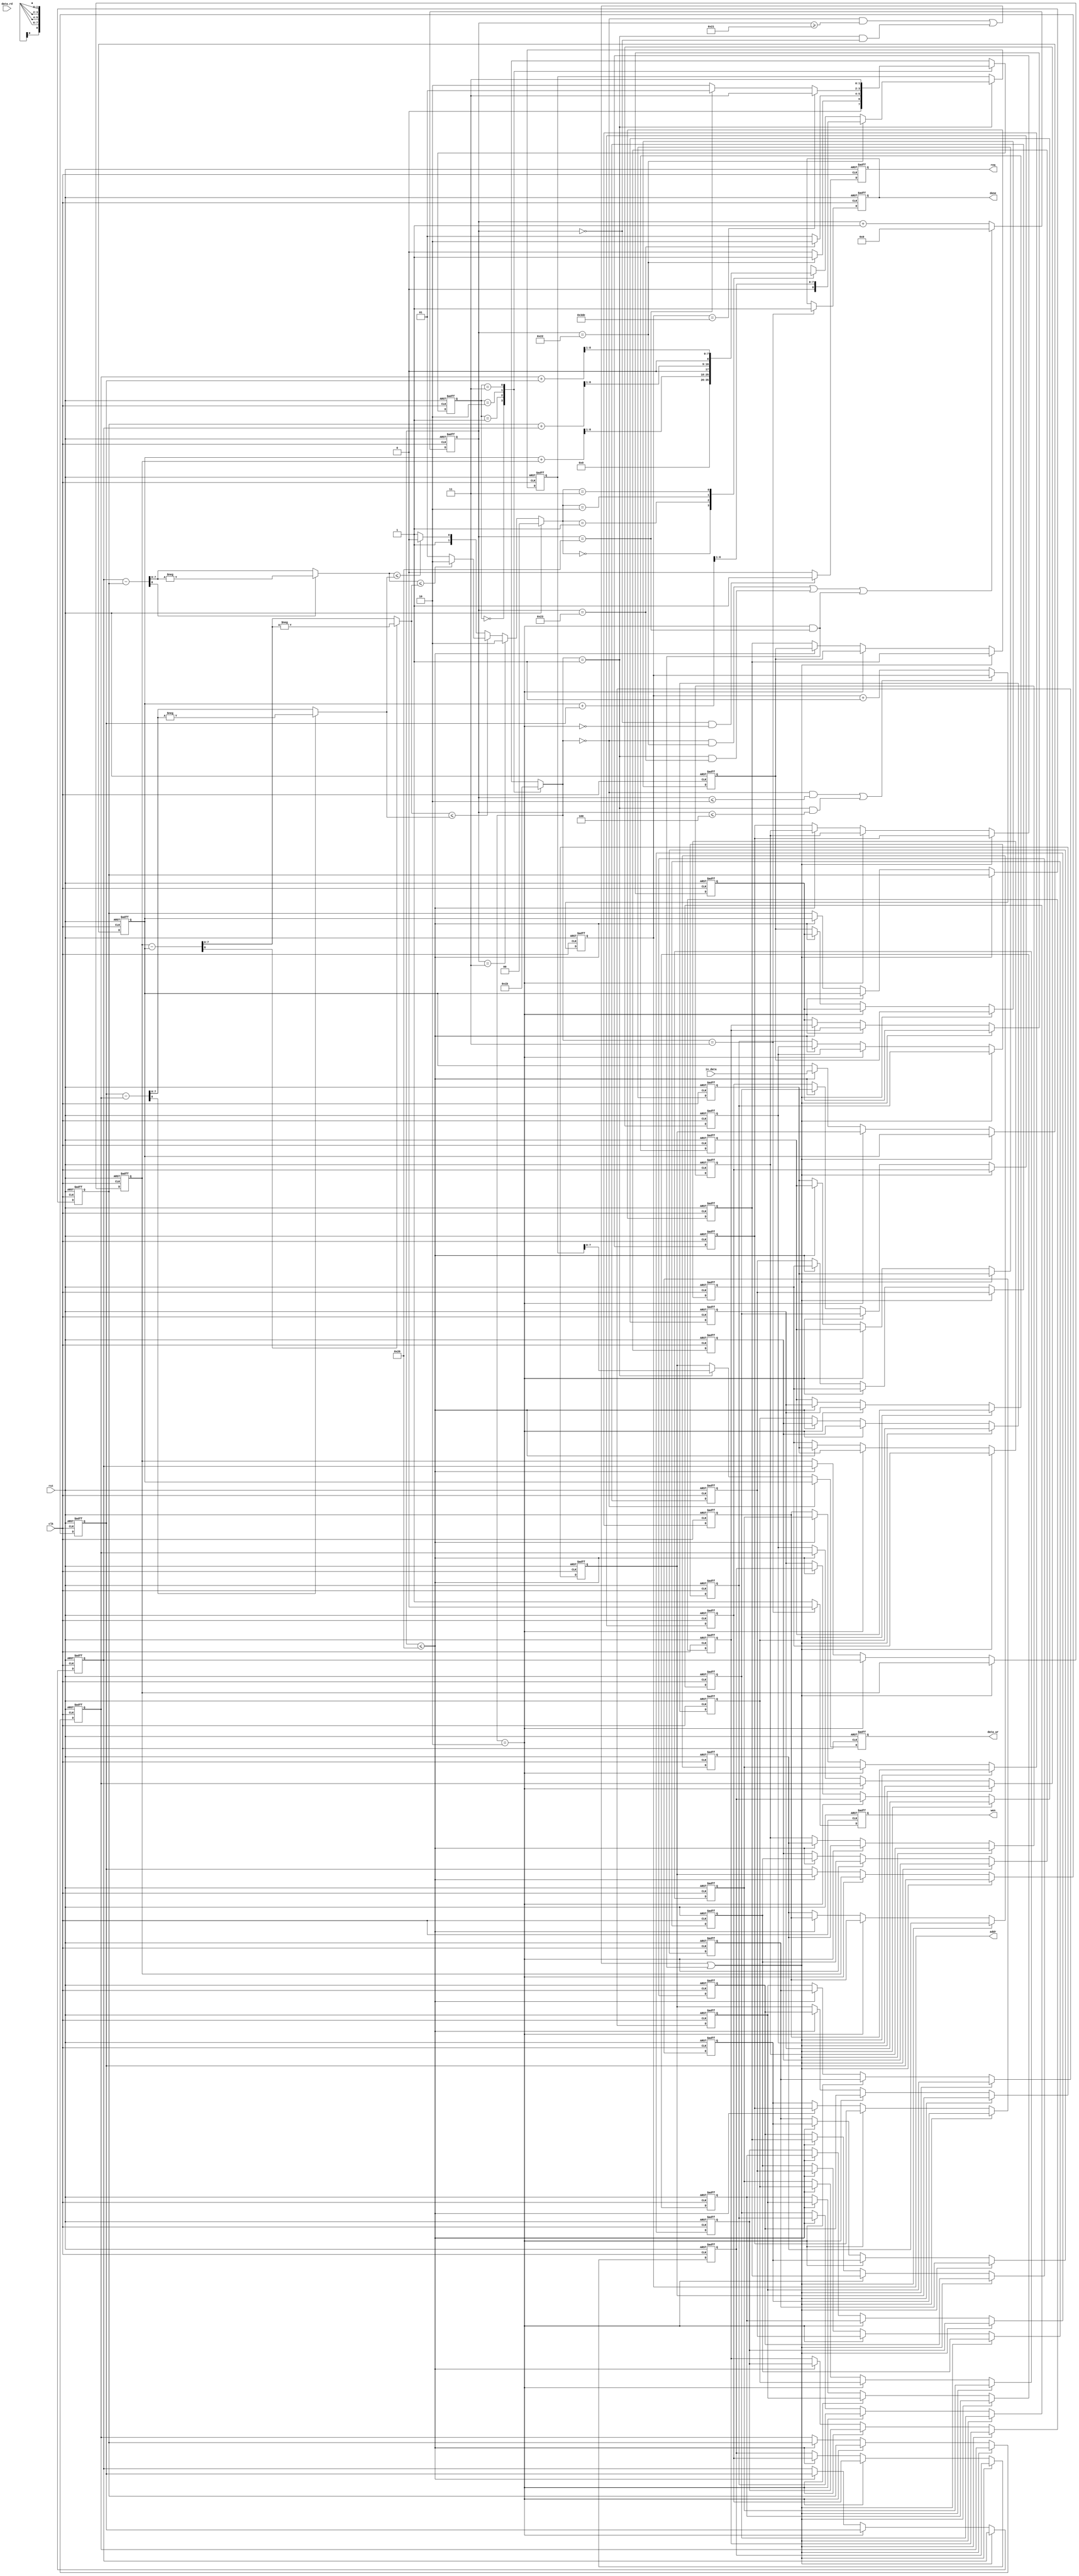
`timescale 1ns/10ps

module ELA(clk, rst, in_data, data_rd, req, wen, addr, data_wr, done);

	input					clk;
	input					rst;
	input			[7:0]	in_data;
	input			[7:0]	data_rd;

	output	reg				req;
	output	reg				wen;
	output	reg		[9:0]	addr;
	output	reg		[7:0]	data_wr;
	output	reg				done;

reg					[7:0]	S_buffer	[31:0];
reg					[7:0]	L_buffer	[2:0];
reg					[8:0]	result;

reg					[1:0]	control;
reg					[5:0]	timer_s;

wire				[8:0]	d11;
wire				[8:0]	d22;
wire				[8:0]	d33;
wire				[7:0]	d1;
wire				[7:0]	d2;
wire				[7:0]	d3;

assign 				d11 = (L_buffer[2] - S_buffer[0]);
assign				d22 = (L_buffer[1] - S_buffer[1]);
assign				d33 = (L_buffer[0] - S_buffer[2]);

assign 				d1 = d11[8] ? -d11[7:0] : d11[7:0];
assign				d2 = d22[8] ? -d22[7:0] : d22[7:0];
assign				d3 = d33[8] ? -d33[7:0] : d33[7:0];


reg					[1:0]	min;

reg         		[1:0]	state;
reg         		[1:0]	next_state;

parameter   		Rowf      	= 2'd0;
parameter   		comp      	= 2'd1;
parameter   		read       	= 2'd2;
parameter   		fish       	= 2'd3;



always @(posedge clk or posedge rst)
begin
	if (rst)
	begin
		timer_s <= 6'd0;
	end

	else if ((control == 2'd0 && timer_s == 6'd34) || (control == 2'd1 && timer_s == 6'd35) ||(control == 2'd2 && timer_s == 6'd32))
	begin
		timer_s <= 6'd0;
	end

	else
	begin
		timer_s <= timer_s + 6'd1;
	end
end

always @(posedge clk or posedge rst)
begin
	if (rst)
	begin
		req <= 1'd0;
	end

	else if (timer_s == 6'd0 && !(control == 2'd2))
	begin
		req <= 1'd1;
	end

	else
	begin
		req <= 1'd0;
	end
end

always @(posedge clk or posedge rst)
begin
	if (rst)
	begin
		S_buffer[0] <= 8'd0;
		S_buffer[1] <= 8'd0;
		S_buffer[2] <= 8'd0;
		S_buffer[3] <= 8'd0;
		S_buffer[4] <= 8'd0;
		S_buffer[5] <= 8'd0;
		S_buffer[6] <= 8'd0;
		S_buffer[7] <= 8'd0;
		S_buffer[8] <= 8'd0;
		S_buffer[9] <= 8'd0;
		S_buffer[10] <= 8'd0;
		S_buffer[11] <= 8'd0;
		S_buffer[12] <= 8'd0;
		S_buffer[13] <= 8'd0;
		S_buffer[14] <= 8'd0;
		S_buffer[15] <= 8'd0;
		S_buffer[16] <= 8'd0;
		S_buffer[17] <= 8'd0;
		S_buffer[18] <= 8'd0;
		S_buffer[19] <= 8'd0;
		S_buffer[20] <= 8'd0;
		S_buffer[21] <= 8'd0;
		S_buffer[22] <= 8'd0;
		S_buffer[23] <= 8'd0;
		S_buffer[24] <= 8'd0;
		S_buffer[25] <= 8'd0;
		S_buffer[26] <= 8'd0;
		S_buffer[27] <= 8'd0;
		S_buffer[28] <= 8'd0;
		S_buffer[29] <= 8'd0;
		S_buffer[30] <= 8'd0;
		S_buffer[31] <= 8'd0;
	end

	else if ((control == 2'd0 && timer_s >= 6'd33) || (control == 2'd1 && timer_s == 6'd0) || (control == 2'd2 && timer_s == 6'd32))
	begin
		S_buffer[0] <= S_buffer[0];
		S_buffer[1] <= S_buffer[1];
		S_buffer[2] <= S_buffer[2];
		S_buffer[3] <= S_buffer[3];
		S_buffer[4] <= S_buffer[4];
		S_buffer[5] <= S_buffer[5];
		S_buffer[6] <= S_buffer[6];
		S_buffer[7] <= S_buffer[7];
		S_buffer[8] <= S_buffer[8];
		S_buffer[9] <= S_buffer[9];
		S_buffer[10] <= S_buffer[10];
		S_buffer[11] <= S_buffer[11];
		S_buffer[12] <= S_buffer[12];
		S_buffer[13] <= S_buffer[13];
		S_buffer[14] <= S_buffer[14];
		S_buffer[15] <= S_buffer[15];
		S_buffer[16] <= S_buffer[16];
		S_buffer[17] <= S_buffer[17];
		S_buffer[18] <= S_buffer[18];
		S_buffer[19] <= S_buffer[19];
		S_buffer[20] <= S_buffer[20];
		S_buffer[21] <= S_buffer[21];
		S_buffer[22] <= S_buffer[22];
		S_buffer[23] <= S_buffer[23];
		S_buffer[24] <= S_buffer[24];
		S_buffer[25] <= S_buffer[25];
		S_buffer[26] <= S_buffer[26];
		S_buffer[27] <= S_buffer[27];
		S_buffer[28] <= S_buffer[28];
		S_buffer[29] <= S_buffer[29];
		S_buffer[30] <= S_buffer[30];
		S_buffer[31] <= S_buffer[31];
	end

	else if (control == 2'd2)
	begin
		S_buffer[0] <= S_buffer[31];
		S_buffer[1] <= S_buffer[0];
		S_buffer[2] <= S_buffer[1];
		S_buffer[3] <= S_buffer[2];
		S_buffer[4] <= S_buffer[3];
		S_buffer[5] <= S_buffer[4];
		S_buffer[6] <= S_buffer[5];
		S_buffer[7] <= S_buffer[6];
		S_buffer[8] <= S_buffer[7];
		S_buffer[9] <= S_buffer[8];
		S_buffer[10] <= S_buffer[9];
		S_buffer[11] <= S_buffer[10];
		S_buffer[12] <= S_buffer[11];
		S_buffer[13] <= S_buffer[12];
		S_buffer[14] <= S_buffer[13];
		S_buffer[15] <= S_buffer[14];
		S_buffer[16] <= S_buffer[15];
		S_buffer[17] <= S_buffer[16];
		S_buffer[18] <= S_buffer[17];
		S_buffer[19] <= S_buffer[18];
		S_buffer[20] <= S_buffer[19];
		S_buffer[21] <= S_buffer[20];
		S_buffer[22] <= S_buffer[21];
		S_buffer[23] <= S_buffer[22];
		S_buffer[24] <= S_buffer[23];
		S_buffer[25] <= S_buffer[24];
		S_buffer[26] <= S_buffer[25];
		S_buffer[27] <= S_buffer[26];
		S_buffer[28] <= S_buffer[27];
		S_buffer[29] <= S_buffer[28];
		S_buffer[30] <= S_buffer[29];
		S_buffer[31] <= S_buffer[30];
	end

	else if (timer_s <= 6'd32)
	begin
		S_buffer[0] <= in_data;
		S_buffer[1] <= S_buffer[0];
		S_buffer[2] <= S_buffer[1];
		S_buffer[3] <= S_buffer[2];
		S_buffer[4] <= S_buffer[3];
		S_buffer[5] <= S_buffer[4];
		S_buffer[6] <= S_buffer[5];
		S_buffer[7] <= S_buffer[6];
		S_buffer[8] <= S_buffer[7];
		S_buffer[9] <= S_buffer[8];
		S_buffer[10] <= S_buffer[9];
		S_buffer[11] <= S_buffer[10];
		S_buffer[12] <= S_buffer[11];
		S_buffer[13] <= S_buffer[12];
		S_buffer[14] <= S_buffer[13];
		S_buffer[15] <= S_buffer[14];
		S_buffer[16] <= S_buffer[15];
		S_buffer[17] <= S_buffer[16];
		S_buffer[18] <= S_buffer[17];
		S_buffer[19] <= S_buffer[18];
		S_buffer[20] <= S_buffer[19];
		S_buffer[21] <= S_buffer[20];
		S_buffer[22] <= S_buffer[21];
		S_buffer[23] <= S_buffer[22];
		S_buffer[24] <= S_buffer[23];
		S_buffer[25] <= S_buffer[24];
		S_buffer[26] <= S_buffer[25];
		S_buffer[27] <= S_buffer[26];
		S_buffer[28] <= S_buffer[27];
		S_buffer[29] <= S_buffer[28];
		S_buffer[30] <= S_buffer[29];
		S_buffer[31] <= S_buffer[30];
	end
end

always @(posedge clk or posedge rst) 
begin
	if (rst) 
	begin
		L_buffer[0] <= 8'd0;
		L_buffer[2] <= 8'd0;
		L_buffer[1] <= 8'd0;
	end

	else if ((control == 2'd0 && timer_s >= 6'd33) || (control == 2'd1 && timer_s == 6'd0) || (control == 2'd2 && timer_s == 6'd32))
	begin
		L_buffer[0] <= L_buffer[0];
		L_buffer[2] <= L_buffer[2];
		L_buffer[1] <= L_buffer[1];
	end

	else if (control == 2'd2)
	begin
		L_buffer[0] <= L_buffer[2];
		L_buffer[2] <= L_buffer[1];
		L_buffer[1] <= L_buffer[0];
	end

	else if (timer_s <= 6'd32)
	begin
		L_buffer[0] <= S_buffer[31];
		L_buffer[2] <= L_buffer[1];
		L_buffer[1] <= L_buffer[0];
	end
end

always @(*)
begin
	if (rst)
	begin
		min = 2'd0;
	end

	else
	begin
		if (timer_s == 6'd3)
		begin
			min = 2'd2;
		end

		else if(d1 <= d3)
		begin
			if(d2 <= d1)
			begin
				min = 2'd2;
			end

			else 
			begin
				min = 2'd1;
			end
		end

		else 
		begin
			if(d2 <= d3)
			begin
				min = 2'd2;
			end

			else 
			begin
				min = 2'd3;
			end
		end
	end
end

always @(posedge clk or posedge rst)
begin
	if (rst) 
	begin
		result <= 9'd2;
	end

	else if (control == 2'd1)
	begin
		if (timer_s == 6'd34)
		begin
			result <= ((S_buffer[0] + L_buffer[0]) >> 1);
		end

		else
		begin
			case(min)

			2'd0: result <= 9'd0;
			2'd1: result <= ((S_buffer[0] + L_buffer[2]) >> 1);
			2'd2: result <= ((S_buffer[1] + L_buffer[1]) >> 1);
			2'd3: result <= ((S_buffer[2] + L_buffer[0]) >> 1);

			endcase
		end
	end
end

always @(posedge clk or posedge rst)
 begin
	if (rst) 
	begin
		wen <= 1'd0;
	end

	else if (control == 2'd3)
	begin
		wen <= 1'd0;
	end

	else
	begin
		wen <= 1'd1;
	end
end

always @(posedge clk or posedge rst) 
begin
	if (rst) 
	begin
		addr <= 10'd0;
	end

	else if((control == 2'd0 && timer_s <= 6'd2) || (control == 2'd1 && timer_s <= 6'd4))
	begin
		addr <= addr;
	end

	else 
	begin
		addr <= addr + 10'd1;	
	end
end

always @(posedge clk or posedge rst) 
begin
	if (rst) 
	begin
		data_wr <= 8'd0;
	end

	else if (control == 2'd0)
	begin
		data_wr <= S_buffer[0];
	end

	else if (control == 2'd1)
	begin
		data_wr <= result;
	end

	else
	begin
		data_wr <= S_buffer[31];
	end
end

always @(posedge clk or posedge rst) 
begin
	if (rst) 
	begin
		done <= 1'd0;
	end

	else if (control == 2'd3) 
	begin
		done <= 1'd1;
	end
end

// state register
always @(posedge clk or posedge rst)
begin
    if (rst)	state <= Rowf;

    else 		state <= next_state;
end

// next state logic
always @(*) 
begin
    case(state)

    	Rowf :
    	begin
    		if(timer_s == 6'd34) next_state = comp;
    		else                 next_state = Rowf;
    	end
    	comp :
    	begin
    		if(timer_s == 6'd35) next_state = read;
    		else                 next_state = comp;
    	end
    	read :
    	begin
    		if(addr == 10'd990)      next_state = fish;
    		else if(timer_s == 6'd32)next_state = comp;
    		else                     next_state = read;
    	end
    	fish : next_state = fish;

    endcase
end

// output logic
always @(*) 
begin
    case(state)

    	Rowf : control = 2'd0;
    	comp : control = 2'd1;
    	read : control = 2'd2;
    	fish : control = 2'd3;

    endcase
end

endmodule